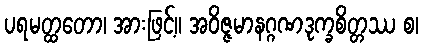
ပရမတ္ထတော၊ အားဖြင့်။ အဝိဇ္ဇမာနဂ္ဂဏဒုက္ခစိတ္တဿ စ၊